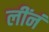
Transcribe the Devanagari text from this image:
लींनं